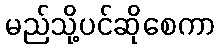
မည်သို့ပင်ဆိုစေကာ